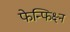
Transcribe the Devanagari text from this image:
फेन्फिक्ष्न